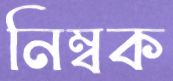
নিম্বক